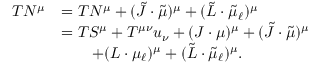
\begin{array} { r l } { T N ^ { \mu } } & { = T N ^ { \mu } + ( \tilde { J } \cdot \tilde { \mu } ) ^ { \mu } + ( \tilde { L } \cdot \tilde { \mu } _ { \ell } ) ^ { \mu } } \\ & { = T S ^ { \mu } + T ^ { \mu \nu } u _ { \nu } + ( J \cdot \mu ) ^ { \mu } + ( \tilde { J } \cdot \tilde { \mu } ) ^ { \mu } } \\ & { \qquad + ( L \cdot \mu _ { \ell } ) ^ { \mu } + ( \tilde { L } \cdot \tilde { \mu } _ { \ell } ) ^ { \mu } . } \end{array}